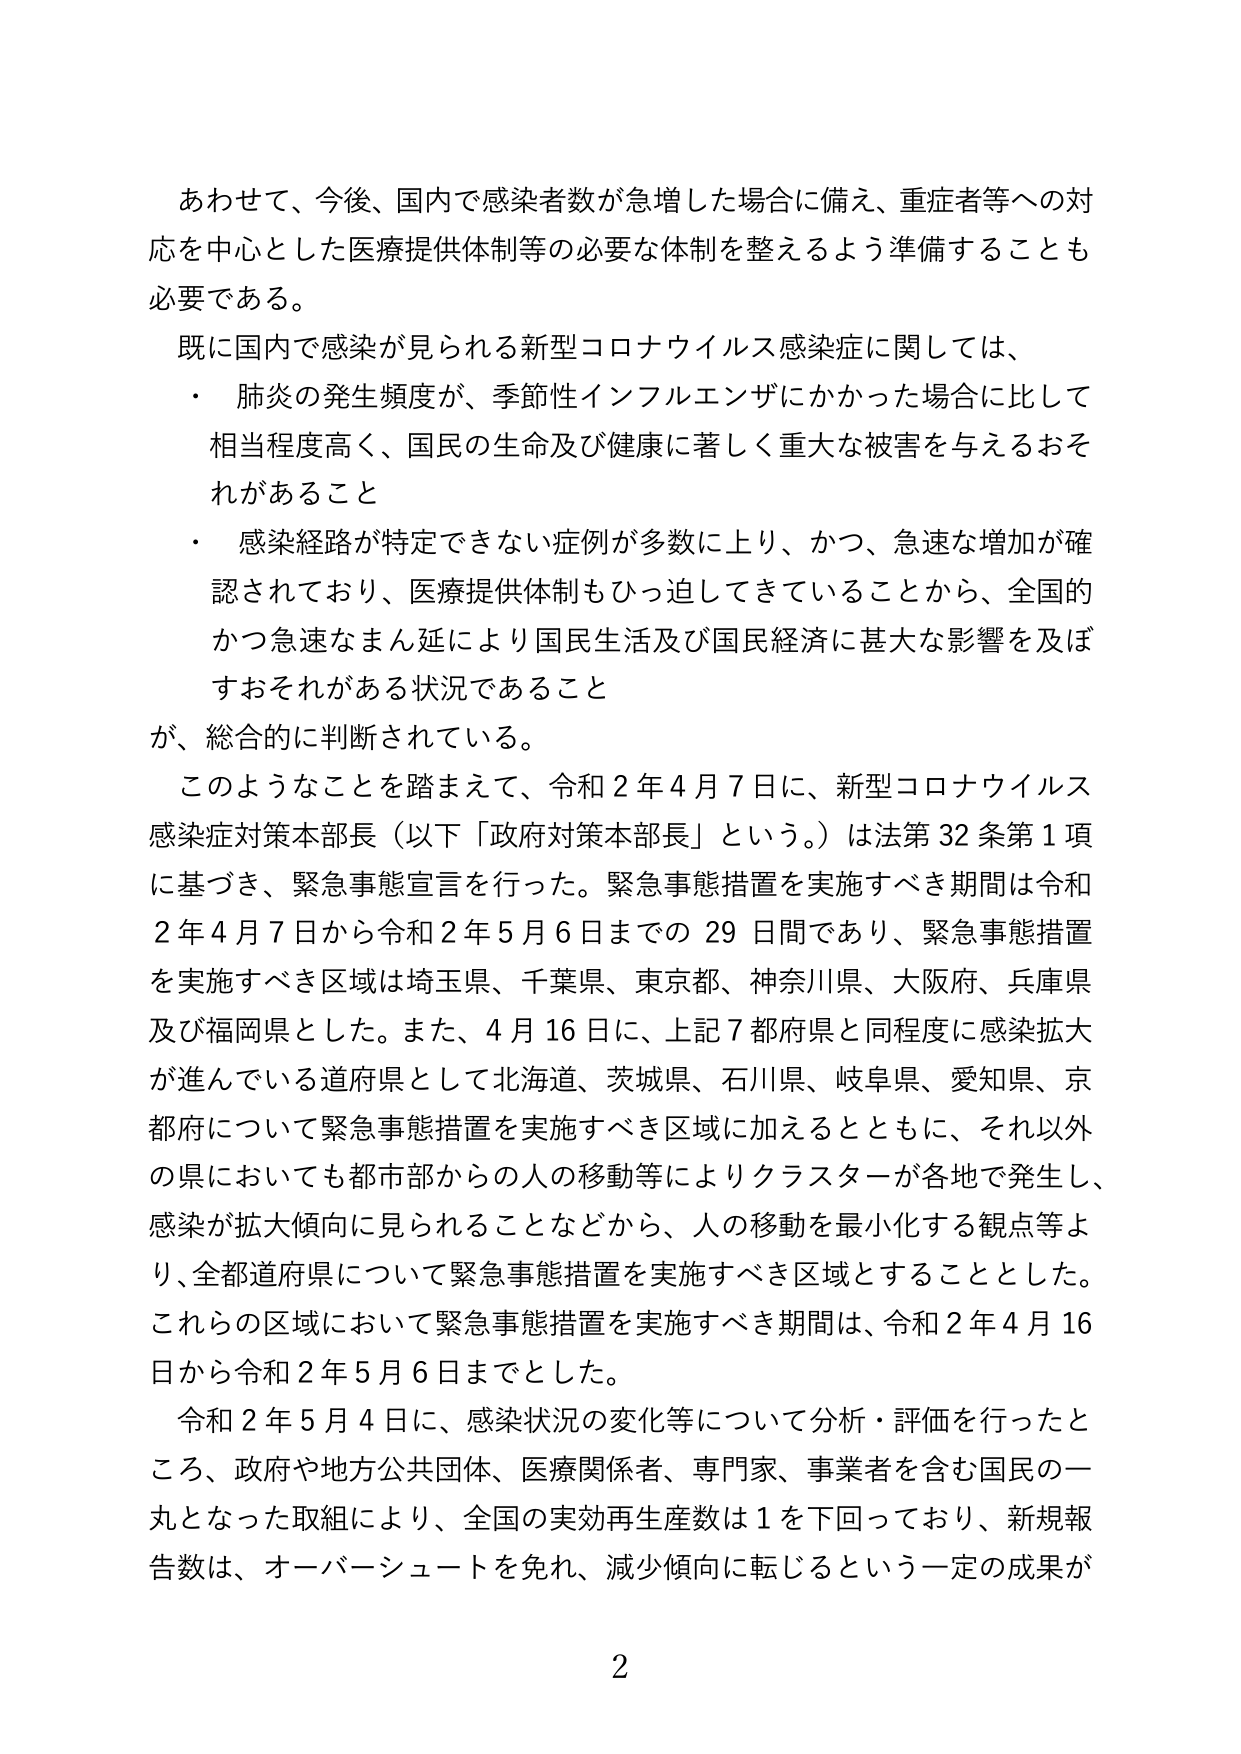
あわせて、今後、国内で感染者数が急増した場合に備え、重症者等への対応を中心とした医療提供体制等の必要な体制を整えるよう準備することも必要である。

既に国内で感染が見られる新型コロナウイルス感染症に関しては、
・ 肺炎の発生頻度が、季節性インフルエンザにかかった場合に比して相当程度高く、国民の生命及び健康に著しく重大な被害を与えるおそれがあること
・ 感染経路が特定できない症例が多数に上り、かつ、急速な増加が確認されており、医療提供体制もひっ迫してきていることから、全国的かつ急速なまん延により国民生活及び国民経済に甚大な影響を及ぼすおそれがある状況であること
が、総合的に判断されている。

このようなことを踏まえて、令和２年４月７日に、新型コロナウイルス感染症対策本部長（以下「政府対策本部長」という。）は法第32条第1項に基づき、緊急事態宣言を行った。緊急事態措置を実施すべき期間は令和２年４月７日から令和２年５月６日までの29日間であり、緊急事態措置を実施すべき区域は埼玉県、千葉県、東京都、神奈川県、大阪府、兵庫県及び福岡県とした。また、４月16日に、上記7都府県と同程度に感染拡大が進んでいる道府県として北海道、茨城県、石川県、岐阜県、愛知県、京都府について緊急事態措置を実施すべき区域に加えるとともに、それ以外の県においても都市部からの人の移動等によりクラスターが各地で発生し、感染が拡大傾向に見られることなどから、人の移動を最小化する観点等より、全都道府県について緊急事態措置を実施すべき区域とすることとした。これらの区域において緊急事態措置を実施すべき期間は、令和２年４月16日から令和２年５月６日までとした。

令和２年５月４日に、感染状況の変化等について分析・評価を行ったところ、政府や地方公共団体、医療関係者、専門家、事業者を含む国民の一丸となった取組により、全国の実効再生産数は1を下回っており、新規報告数は、オーバーシュートを免れ、減少傾向に転じるという一定の成果が

2